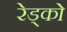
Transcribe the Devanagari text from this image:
रेड्को